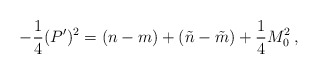
\begin{align*}- \frac{1}{4} (P')^{2} = (n -m) +(\tilde{n} - \tilde{m}) + \frac{1}{4}M_{0}^{2} \,,\end{align*}